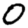
Digit: 0